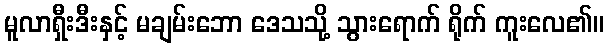
မူလာရှီးဒီးနှင့် မချမ်းဘော ဒေသသို့ သွားရောက် ရိုက် ကူးလေ၏။